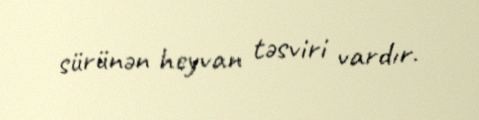
sürünən heyvan təsviri vardır.